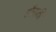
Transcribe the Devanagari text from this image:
हौराकी